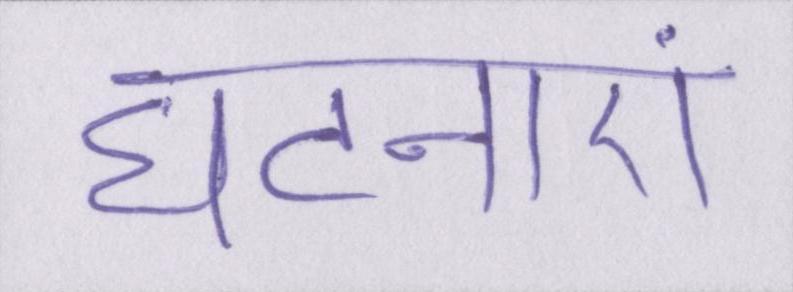
घटनाएं